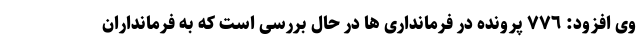
وی افزود: ٧٧٦ پرونده در فرمانداری ها در حال بررسی است که به فرمانداران